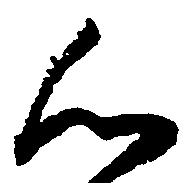
心